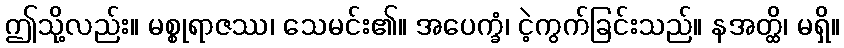
ဤသို့လည်း။ မစ္စုရာဇဿ၊ သေမင်း၏။ အပေက္ခံ၊ ငဲ့ကွက်ခြင်းသည်။ နအတ္ထိ၊ မရှိ။